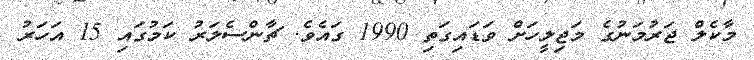
މާކެލް ޖަރުމަނުގެ މަޖިލީހަށް ވަޑައިގަތި 1990 ގައެވެ. ޗާންސެލަރު ކަމުގައި 15 އަަހަރު